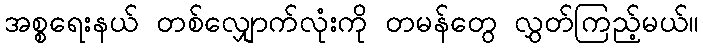
အစ္စရေးနယ် တစ်လျှောက်လုံးကို တမန်တွေ လွှတ်ကြည့်မယ်။